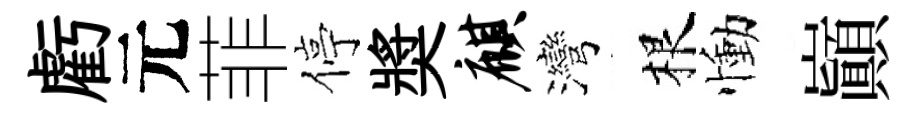
虧元菲停奬麒灣根慟巔